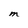
Character: M